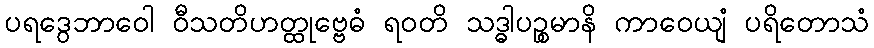
ပရဒွေဘာဝေါ ဝီသတိဟတ္ထုဗ္ဗေဓံ ရဝတိ သဒ္ဓါပဉ္စမာနိ ကာဝေယျံ ပရိတောသံ